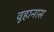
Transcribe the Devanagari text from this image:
वूहानास